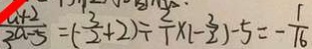
\frac { a + 2 } { 2 a - 5 } = ( - \frac { 3 } { 2 } + 2 ) \div \frac { 2 } { 1 } \times 1 - \frac { 3 } { 2 } ) - 5 = - \frac { 1 } { 1 6 }